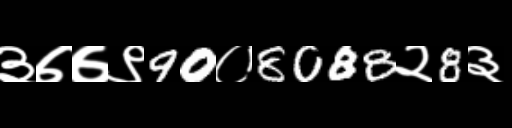
Text: ३७७९90०8088२8३